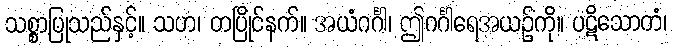
သစ္စာပြုသည်နှင့်။ သဟ၊ တပြိုင်နက်။ အယံဂင်္ဂါ၊ ဤဂင်္ဂါရေအယဉ်ကို။ ပဋိသောတံ၊